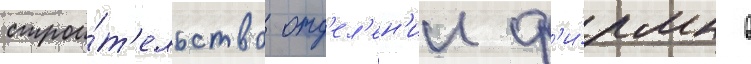
строи́т'ельство отд'ел'ен'ии ф'и́рмы в